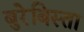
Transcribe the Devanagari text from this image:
बुरेबिस्ता